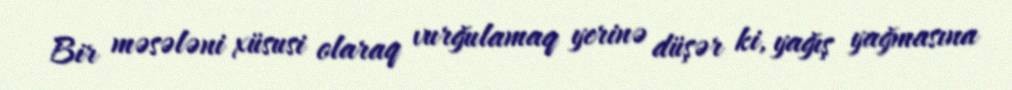
Bir məsələni xüsusi olaraq vurğulamaq yerinə düşər ki, yağış yağmasına